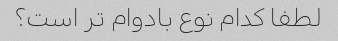
لطفا کدام نوع بادوام تر است؟